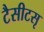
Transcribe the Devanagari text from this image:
टैसीटसृ